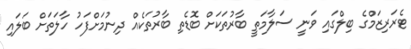
ޓެރަރިޒަމްގެ ބިލްގައި ވަނީ ސަލާމަތީ ބާރުތަކަށް ބޮޑެތި ބާރުތަކެއް ދިނުމަށްފަހު ހާލަތަށް ބަލައި